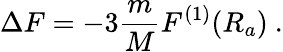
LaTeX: \Delta F=-3\frac{m}{M}F^{(1)}(R_{a})\ .